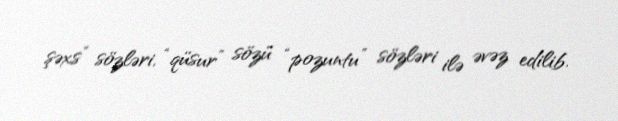
şəxs” sözləri, “qüsur” sözü “pozuntu” sözləri ilə əvəz edilib.